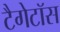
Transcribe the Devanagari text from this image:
टैगेटॉस